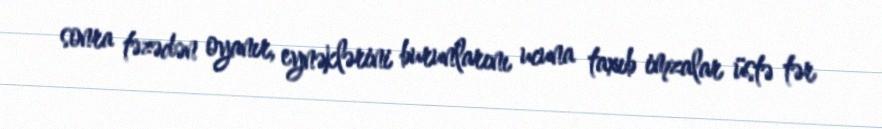
sonra təzədən oyanır, eynəklərini burunlarını ucuna taxıb imzalar üstə tər